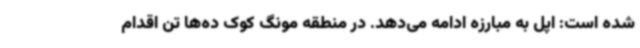
شده است: اپل به مبارزه ادامه می‌دهد. در منطقه مونگ کوک ده‌ها تن اقدام